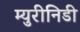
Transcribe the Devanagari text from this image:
म्युरीनिडी